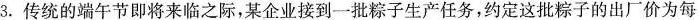
3.传统的端午节即将来临之际，某企业接到一批粽子生产任务，约定这批粽子的出厂价为每